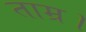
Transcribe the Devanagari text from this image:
ताम्र।